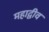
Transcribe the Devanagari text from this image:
महाद्वीव